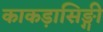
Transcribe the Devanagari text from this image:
काकड़ासिङ्गी